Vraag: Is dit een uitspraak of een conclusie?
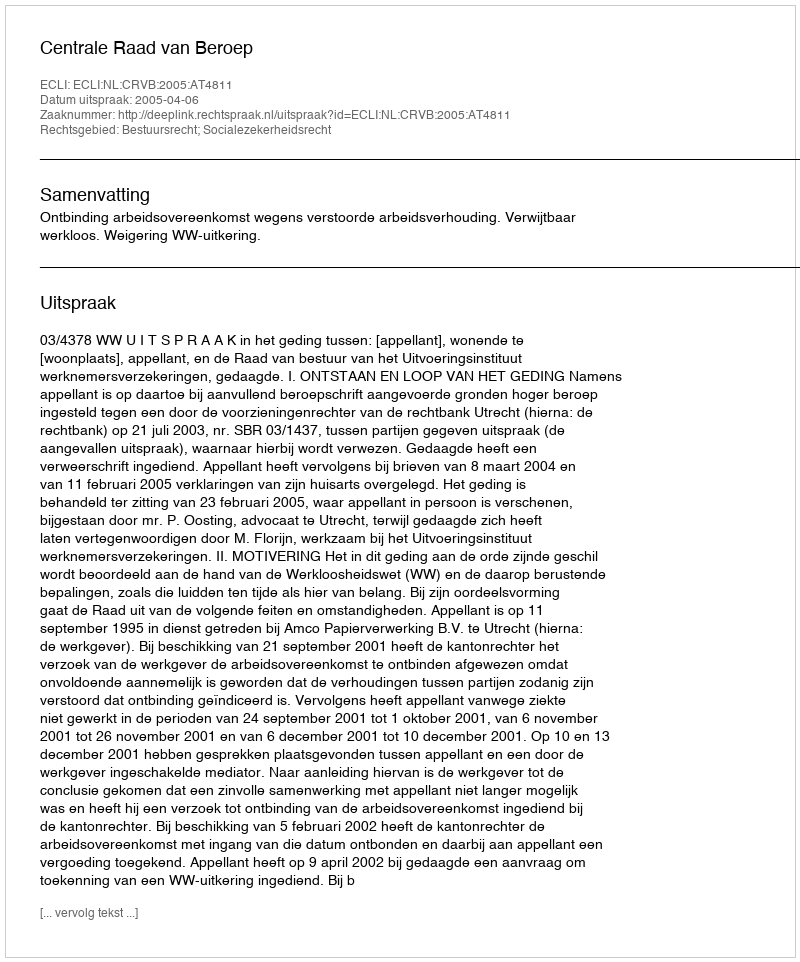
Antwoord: Uitspraak